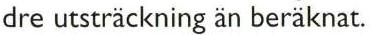
dre utsträckning än beräknat